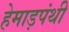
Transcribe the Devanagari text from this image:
हेमाड़पंथी